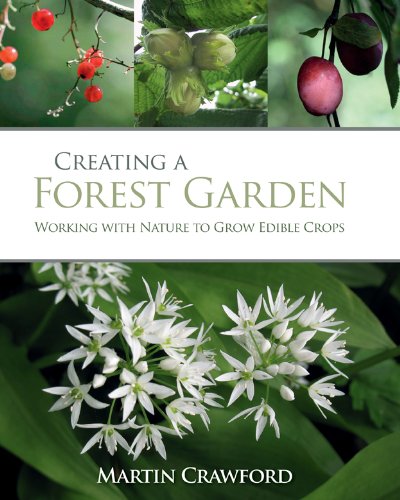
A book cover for Creating a Forest Garden: Working with Nature to Grow Edible Crops; Martin Crawford; Crafts, Hobbies & Home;